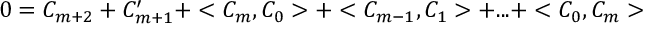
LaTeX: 0 = { \cal C } _ { m + 2 } + { \cal C } _ { m + 1 } ^ { \prime } + < { \cal C } _ { m } , { \cal C } _ { 0 } > + < { \cal C } _ { m - 1 } , { \cal C } _ { 1 } > + . . . + < { \cal C } _ { 0 } , { \cal C } _ { m } >